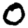
Digit: 0